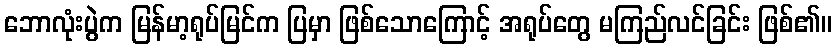
ဘောလုံးပွဲက မြန်မာ့ရုပ်မြင်က ပြမှာ ဖြစ်သောကြောင့် အရုပ်တွေ မကြည်လင်ခြင်း ဖြစ်၏။